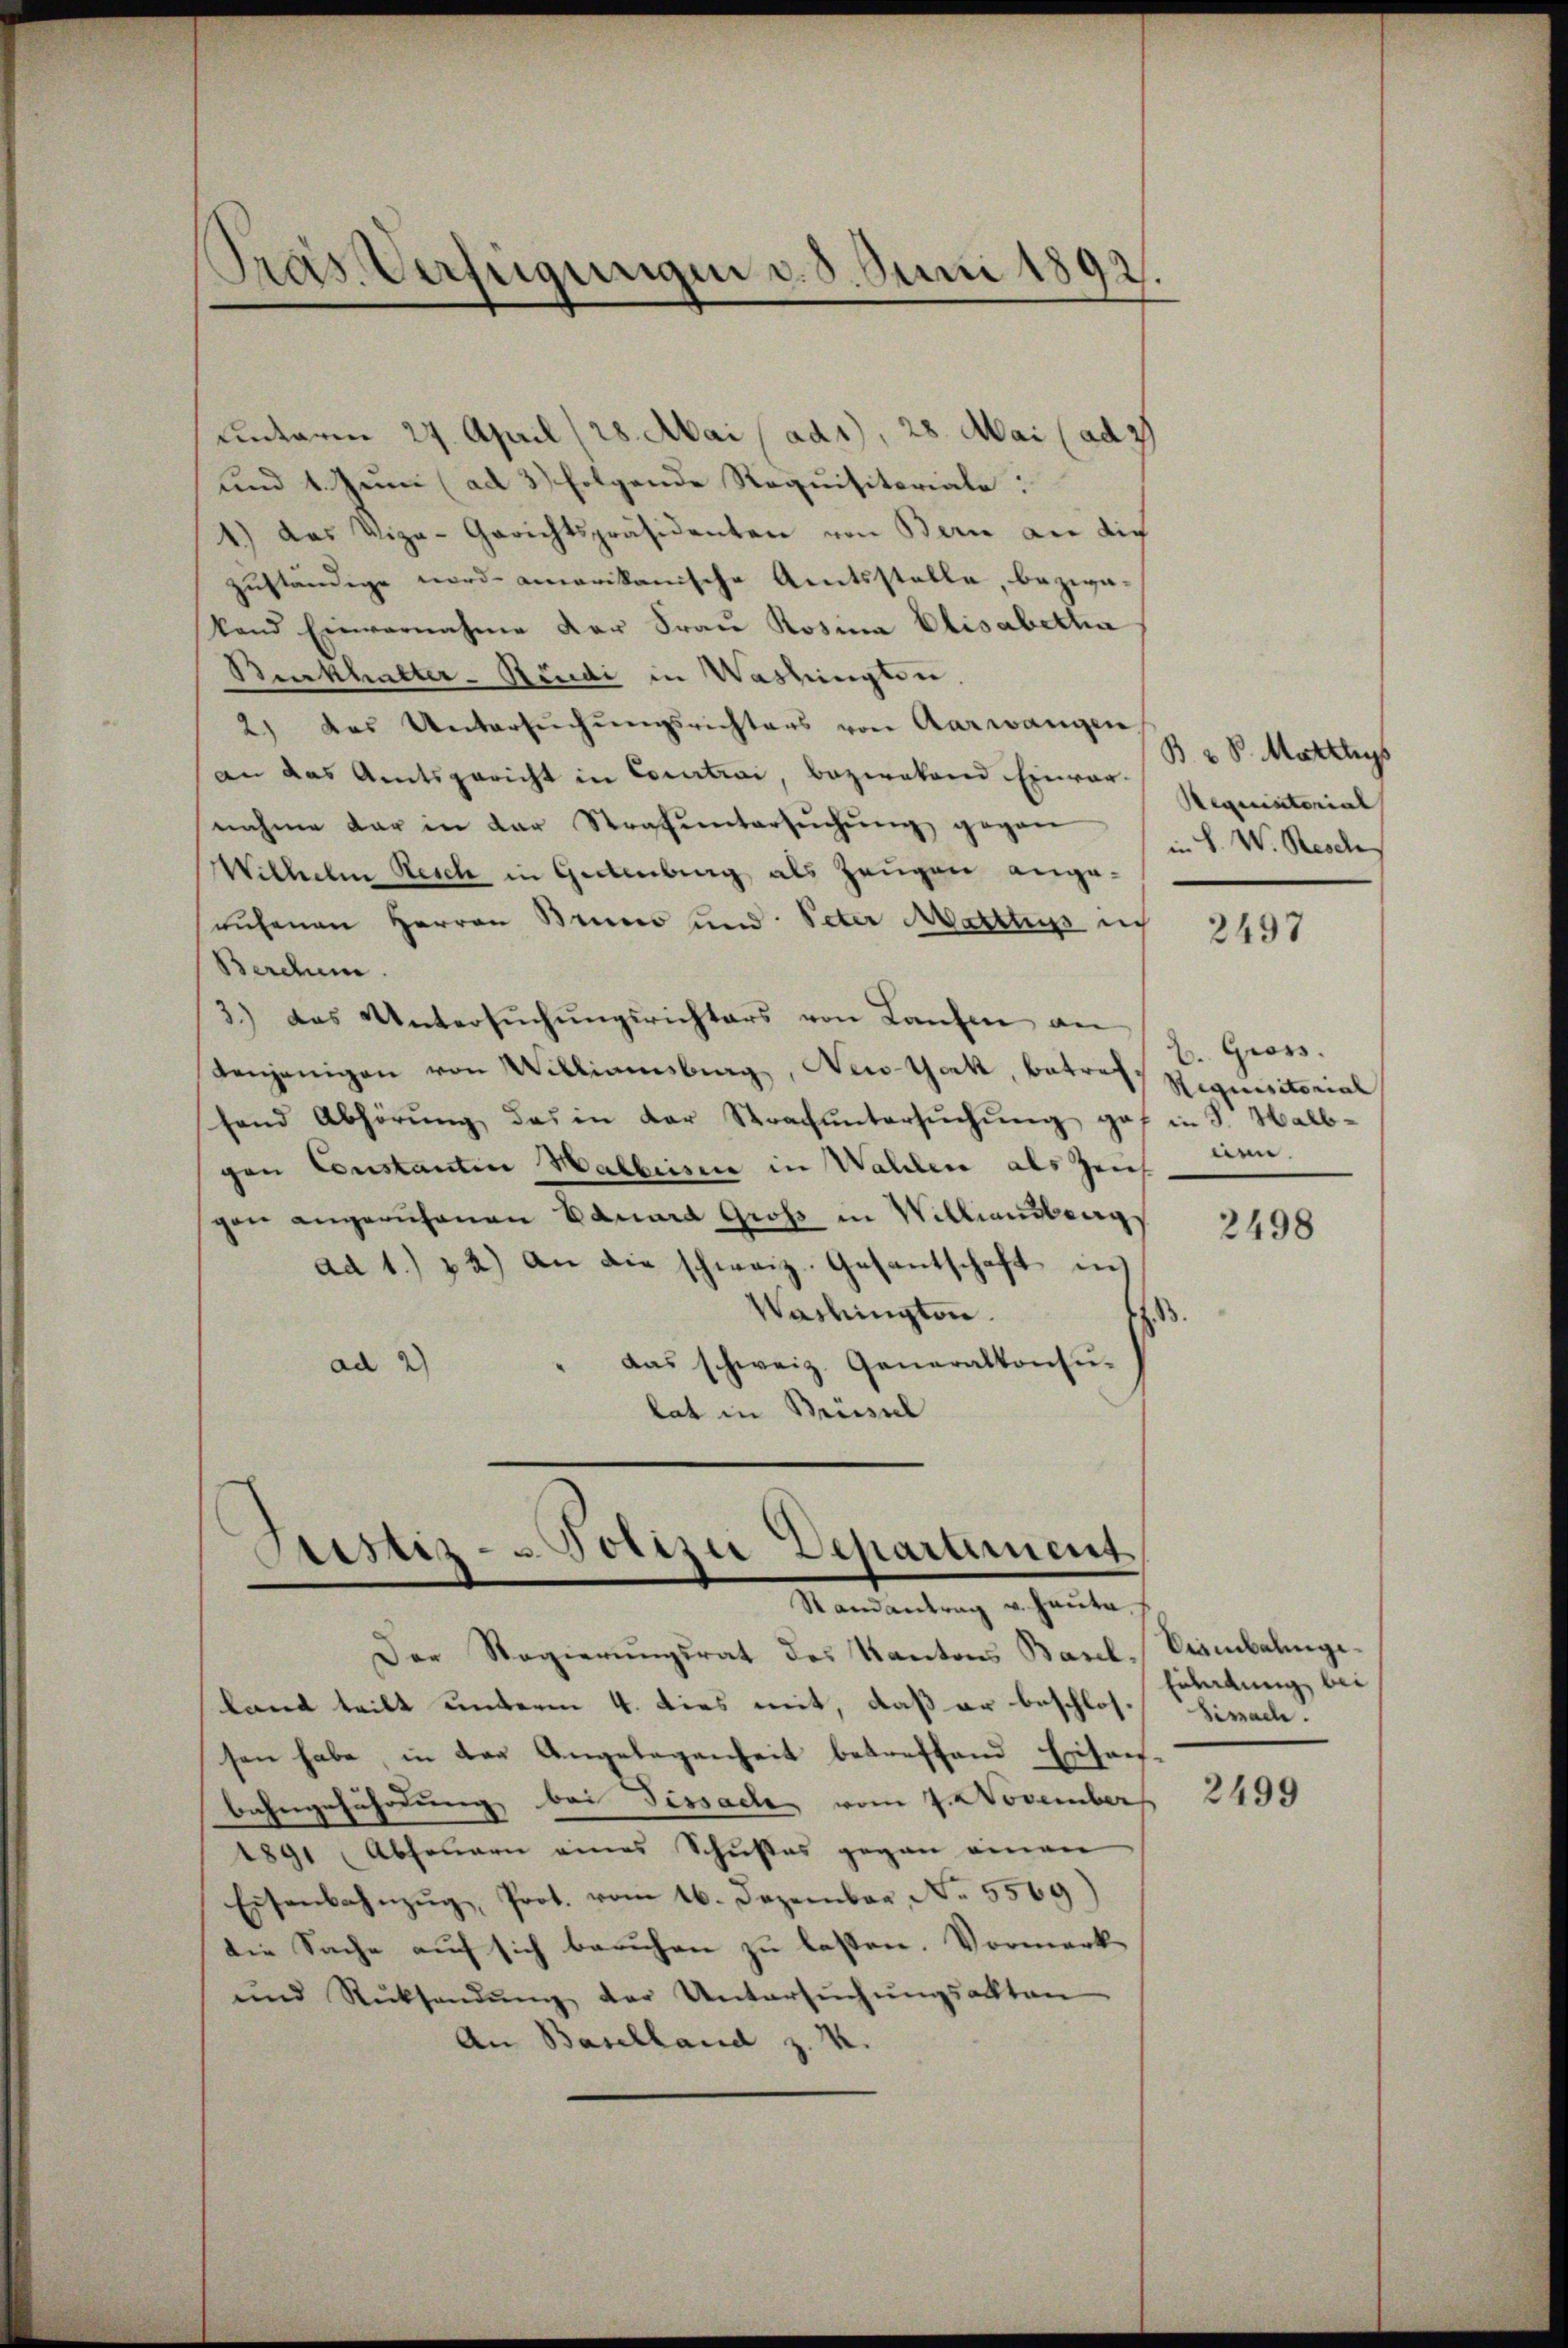
unterm 24. April (28. Mai (ad1), 28. Mai (ad 37
und 1. Juni (ad 3) folgende Requisitoriale:
1.) Das Viza-Gerichtspräsidenten von Bern an die
zuständige nordamerikanische Amtsstelle, bezwa-
Stand Einvernahme der Frau Rosina Elisabetha
Burkhalter-Neudi in Washingen,
2) Das Untersŭchŭngsrichters von Aarwangen
an das Amtsgericht in Contrai, bezirkend Einver-
nahme dar in der Strafuntersŭchŭng gegen d. V. Resch
Wilhelm Resch in Gartenberg als Zeugen ange-
nesenen Herren Bruno und Peter Matttuss in
Berchen.
3.) Das Untersuchungsrichters von Laufen an
denjenigen von Williamsburg, New-York, betreff Requisitorial
hend Abhörŭng des in der Strachŭntersŭchŭng gef in 3. Halb-
gen Constantin Halbesie in Walden als Zeich
gen angeruhanen Eduard Groß in Williantrags
ad 1.) 2) an die schweiz. Gesantschaft in
Washington.
das schweiz. Generalkonsu-
ad 2)
lat in Brüssel

Präs. Verfügungen d. 5. Juni 1892.

Sistiz- & Polizei Departement
Randantrag v. Hauta.

Der Regierŭngsrat des Kantons Basel-Stambalingeland teilt unterm 4. dies mit, daß er beschlossen habe, in der Angelegenheit betreffend Ersan
bahngefährdung bei Dissache vom 7. November
1891 Absauern eines Schußes gegen einen
Eisenbahnzug, Prot. vom 16. Dezember, No. 5569)
die Sache auf sich beruhen zu lassen. Vormerk-
ŭnd Rücksendŭng der Untersŭchŭngsakten
An Baselland z. K.

B 2 S. Matthys
Requistorial

2497

b. Gross.
nen.

2498

Einladung bei
Zisache.

2499